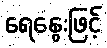
ရေနွေးဖြင့်